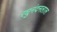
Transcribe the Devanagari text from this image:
रघुनंदनलाल